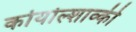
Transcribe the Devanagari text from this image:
कोयोल्शाव्की